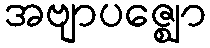
အဗျာပဇ္ဈော